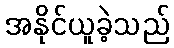
အနိုင်ယူခဲ့သည်